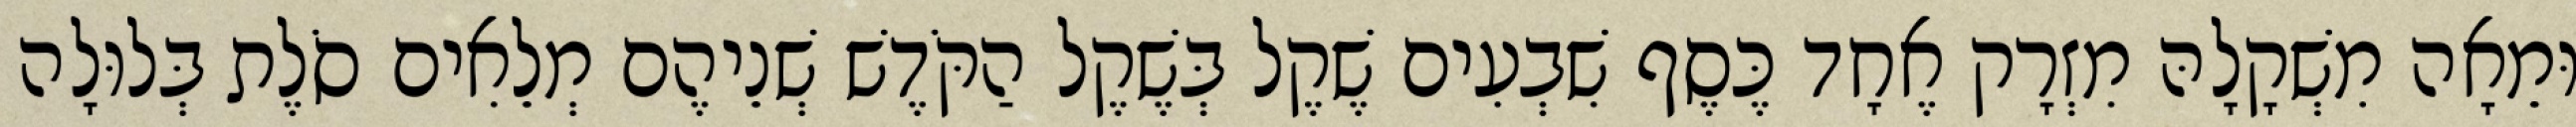
וּמֵאָה מִשְׁקָלָהּ מִזְרָק אֶחָד כֶּסֶף שִׁבְעִים שֶׁקֶל בְּשֶׁקֶל הַקֹּדֶשׁ שְׁנֵיהֶם מְלֵאִים סֹלֶת בְּלוּלָה